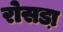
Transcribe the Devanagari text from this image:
रोसडा़